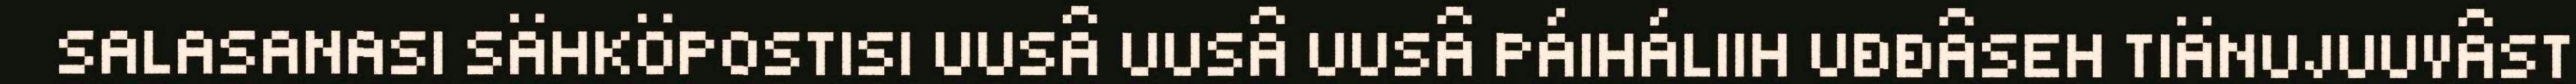
SALASANASI SÄHKÖPOSTISI UUSÂ UUSÂ UUSÂ PÁIHÁLIIH UĐĐÂSEH TIÄNUJUUVÂST